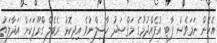
އެހެން ނަމަވެސް ޕާޓީ އުފެއްދުމުގެ މަޤްޞަދު ހާސިލްނުވެ އިދިކޮޅު ރެބެލް ގްރޫޕަކަށް އަދާލަތު